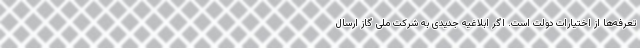
تعرفه‌ها از اختیارات دولت است. اگر ابلاغیه جدیدی به شرکت ملی گاز ارسال